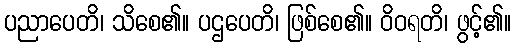
ပညာပေတိ၊ သိစေ၏။ ပဌပေတိ၊ ဖြစ်စေ၏။ ဝိဝရတိ၊ ဖွင့်၏။